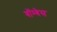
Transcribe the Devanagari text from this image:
बॉम्बेस